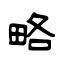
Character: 略